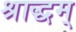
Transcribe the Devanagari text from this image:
श्राद्धम्‌